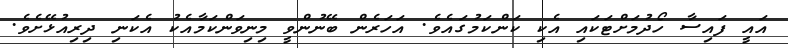
އައީ ފައިސާ ހޯދުމަށްޓަކައި އެކި ކަންކަމުގައެވެ. އަހަރެން ބޭނުންވީ މިނިވަންކަމާއެކު އެކަނި ދިރިއުޅޭށެވެ.